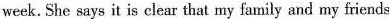
week. She says it is clear that my family and my friends